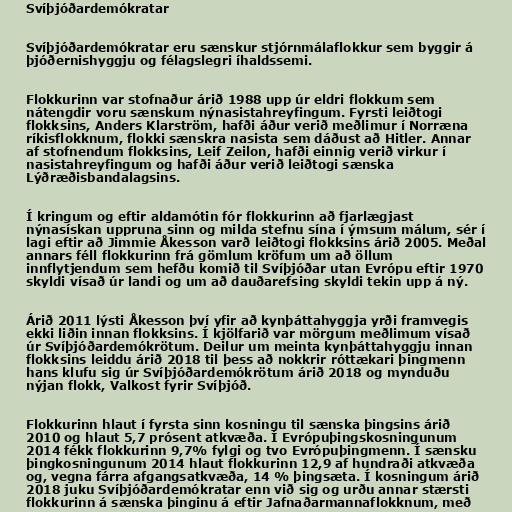
Svíþjóðardemókratar

Svíþjóðardemókratar eru sænskur stjórnmálaflokkur sem byggir á
þjóðernishyggju og félagslegri íhaldssemi.

Flokkurinn var stofnaður árið 1988 upp úr eldri flokkum sem
nátengdir voru sænskum nýnasistahreyfingum. Fyrsti leiðtogi
flokksins, Anders Klarström, hafði áður verið meðlimur í Norræna
ríkisflokknum, flokki sænskra nasista sem dáðust að Hitler. Annar
af stofnendum flokksins, Leif Zeilon, hafði einnig verið virkur í
nasistahreyfingum og hafði áður verið leiðtogi sænska
Lýðræðisbandalagsins.

Í kringum og eftir aldamótin fór flokkurinn að fjarlægjast
nýnasískan uppruna sinn og milda stefnu sína í ýmsum málum, sér í
lagi eftir að Jimmie Åkesson varð leiðtogi flokksins árið 2005. Meðal
annars féll flokkurinn frá gömlum kröfum um að öllum
innflytjendum sem hefðu komið til Svíþjóðar utan Evrópu eftir 1970
skyldi vísað úr landi og um að dauðarefsing skyldi tekin upp á ný.

Árið 2011 lýsti Åkesson því yfir að kynþáttahyggja yrði framvegis
ekki liðin innan flokksins. Í kjölfarið var mörgum meðlimum vísað
úr Svíþjóðardemókrötum. Deilur um meinta kynþáttahyggju innan
flokksins leiddu árið 2018 til þess að nokkrir róttækari þingmenn
hans klufu sig úr Svíþjóðardemókrötum árið 2018 og mynduðu
nýjan flokk, Valkost fyrir Svíþjóð.

Flokkurinn hlaut í fyrsta sinn kosningu til sænska þingsins árið
2010 og hlaut 5,7 prósent atkvæða. Í Evrópuþingskosningunum
2014 fékk flokkurinn 9,7% fylgi og tvo Evrópuþingmenn. Í sænsku
þingkosningunum 2014 hlaut flokkurinn 12,9 af hundraði atkvæða
og, vegna fárra afgangsatkvæða, 14 % þingsæta. Í kosningum árið
2018 juku Svíþjóðardemókratar enn við sig og urðu annar stærsti
flokkurinn á sænska þinginu á eftir Jafnaðarmannaflokknum, með